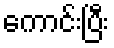
ကောင်းပြီး